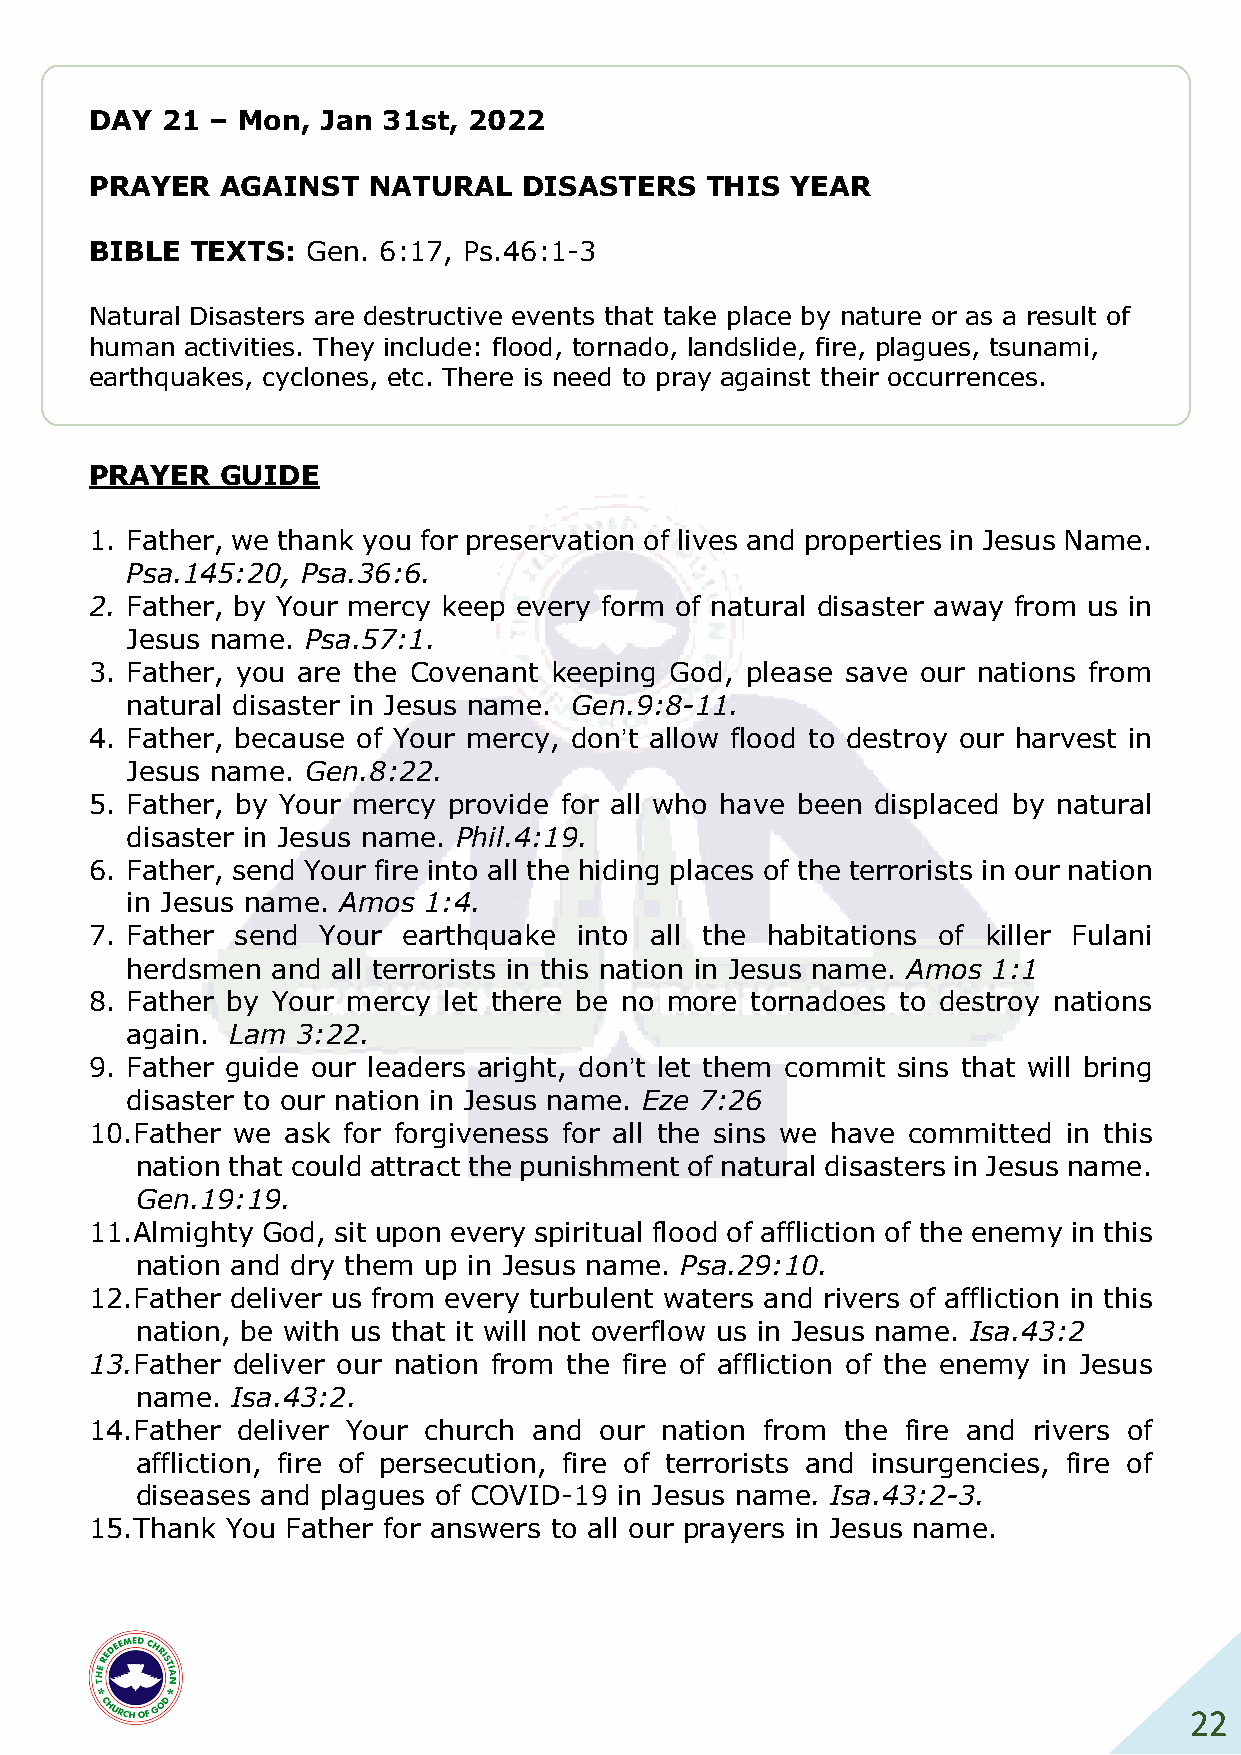
DAY  21 – Mon, Jan 31st, 2022
 PRAYER   AGAINST  NATURAL    DISASTERS   THIS YEAR
 BIBLE  TEXTS: Gen. 6:17, Ps.46:1-3
 Natural Disasters are destructive events that take place by nature or as a result of
 human activities. They include: flood, tornado, landslide, fire, plagues, tsunami,
 earthquakes, cyclones, etc. There is need to pray against their occurrences.
 PRAYER   GUIDE
 1. Father, we thank you for preservation of lives and properties in Jesus Name.
 Psa.145:20, Psa.36:6.
 2. Father, by Your mercy keep every form of natural disaster away from us in
 Jesus name. Psa.57:1.
 3. Father, you are the Covenant keeping God, please save our nations from
 natural disaster in Jesus name. Gen.9:8-11.
 4. Father, because of Your mercy, don’t allow flood to destroy our harvest in
 Jesus name. Gen.8:22.
 5. Father, by Your mercy provide for all who have been displaced by natural
 disaster in Jesus name. Phil.4:19.
 6. Father, send Your fire into all the hiding places of the terrorists in our nation
 in Jesus name. Amos 1:4.
 7. Father send Your  earthquake into all the habitations of killer Fulani
 herdsmen  and all terrorists in this nation in Jesus name. Amos 1:1
 8. Father by Your mercy let there be no more tornadoes to destroy nations
 again. Lam  3:22.
 9. Father guide our leaders aright, don’t let them commit sins that will bring
 disaster to our nation in Jesus name. Eze 7:26
 10. Father we ask for forgiveness for all the sins we have committed in this
 nation that could attract the punishment of natural disasters in Jesus name.
 Gen.19:19.
 11. Almighty God, sit upon every spiritual flood of affliction of the enemy in this
 nation and dry them up in Jesus name. Psa.29:10.
 12. Father deliver us from every turbulent waters and rivers of affliction in this
 nation, be with us that it will not overflow us in Jesus name. Isa.43:2
 13. Father deliver our nation from the fire of affliction of the enemy in Jesus
 name. Isa.43:2.
 14. Father deliver Your church and our nation from the fire and rivers of
 affliction, fire of persecution, fire of terrorists and insurgencies, fire of
 diseases and plagues of COVID-19 in Jesus name. Isa.43:2-3.
 15. Thank You Father for answers to all our prayers in Jesus name.
 22